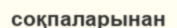
соқпаларынан